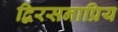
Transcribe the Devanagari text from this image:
द्विरसनाप्रिय